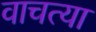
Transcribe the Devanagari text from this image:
वाचत्या